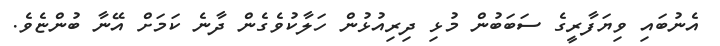
އެނުބައި ވިޔަފާރީގެ ސަބަބުން މުޅި ދިރިއުޅުން ހަލާކުވެގެން ދާނެ ކަމަށް އޭނާ ބުންޏެވެ.